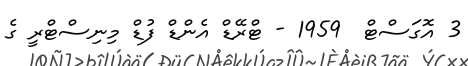
3 އޮގަސްޓް  1959 - ޓްރޭޑް އެންޑް ފުޑް މިނިސްޓްރީ ގެ